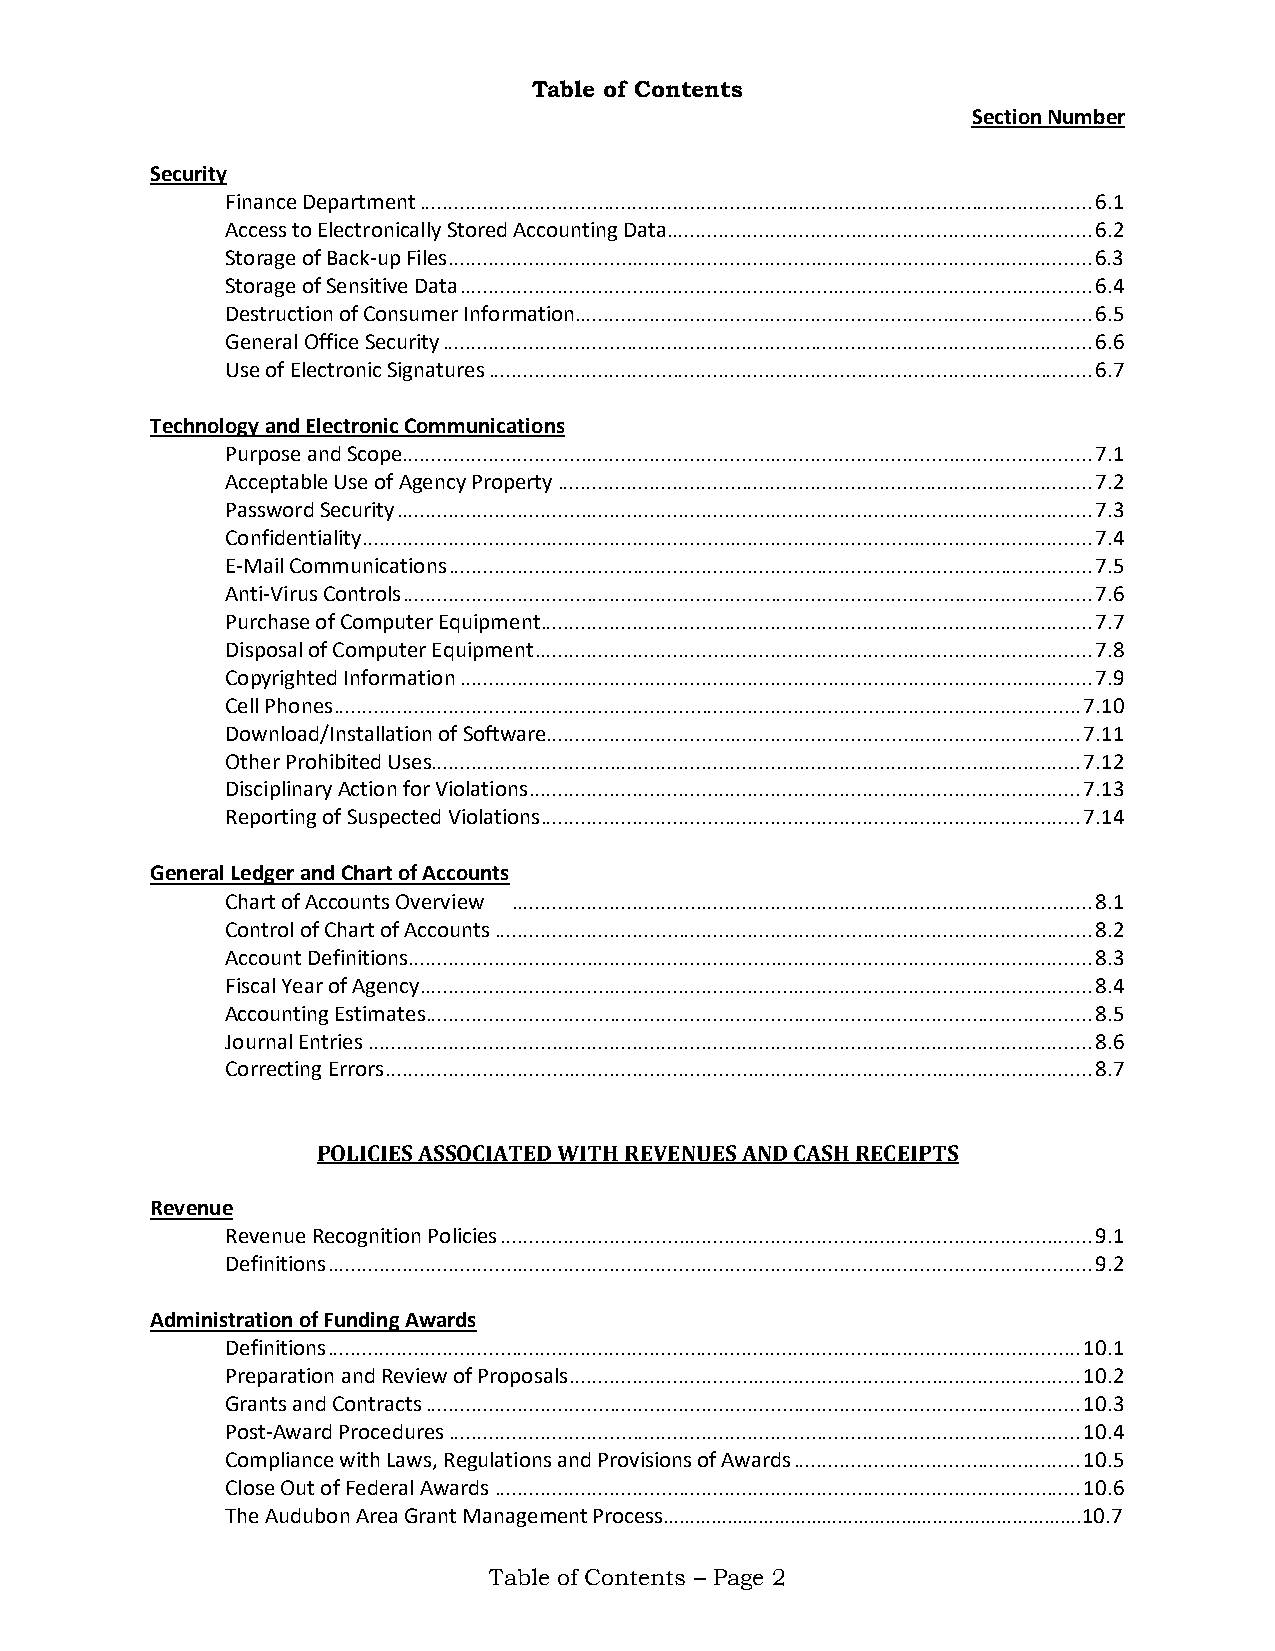
Table of Contents
 Section Number
 Security
 Finance Department ..................................................................................................................... 6.1
 Access to Electronically Stored Accounting Data .......................................................................... 6.2
 Storage of Back-up Files ................................................................................................................ 6.3
 Storage of Sensitive Data .............................................................................................................. 6.4
 Destruction of Consumer Information.......................................................................................... 6.5
 General Office Security ................................................................................................................. 6.6
 Use of Electronic Signatures ......................................................................................................... 6.7
 Technology and Electronic Communications
 Purpose and Scope........................................................................................................................ 7.1
 Acceptable Use of Agency Property ............................................................................................. 7.2
 Password Security ......................................................................................................................... 7.3
 Confidentiality ............................................................................................................................... 7.4
 E-Mail Communications ................................................................................................................ 7.5
 Anti-Virus Controls ........................................................................................................................ 7.6
 Purchase of Computer Equipment ................................................................................................ 7.7
 Disposal of Computer Equipment ................................................................................................. 7.8
 Copyrighted Information .............................................................................................................. 7.9
 Cell Phones .................................................................................................................................. 7.10
 Download/Installation of Software............................................................................................. 7.11
 Other Prohibited Uses................................................................................................................. 7.12
 Disciplinary Action for Violations ................................................................................................ 7.13
 Reporting of Suspected Violations .............................................................................................. 7.14
 General Ledger and Chart of Accounts
 Chart of Accounts Overview ..................................................................................................... 8.1
 Control of Chart of Accounts ........................................................................................................ 8.2
 Account Definitions ....................................................................................................................... 8.3
 Fiscal Year of Agency ..................................................................................................................... 8.4
 Accounting Estimates .................................................................................................................... 8.5
 Journal Entries .............................................................................................................................. 8.6
 Correcting Errors ........................................................................................................................... 8.7
 POLICIES ASSOCIATED WITH REVENUES AND CASH RECEIPTS
 Revenue
 Revenue Recognition Policies ....................................................................................................... 9.1
 Definitions ..................................................................................................................................... 9.2
 Administration of Funding Awards
 Definitions ................................................................................................................................... 10.1
 Preparation and Review of Proposals ......................................................................................... 10.2
 Grants and Contracts .................................................................................................................. 10.3
 Post-Award Procedures .............................................................................................................. 10.4
 Compliance with Laws, Regulations and Provisions of Awards .................................................. 10.5
 Close Out of Federal Awards ...................................................................................................... 10.6
 The Audubon Area Grant Management Process…………………………………………………………………….10.7
 Table of Contents – Page 2